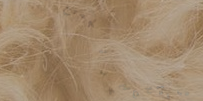
تأجير سيارات فاخرة لجميع